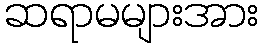
ဆရာမများအား